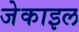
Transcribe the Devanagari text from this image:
जेकाइल